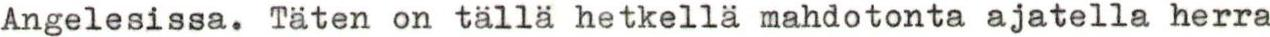
Angelesissa. Täten on tällä hetkellä mahdotonta ajatella herra